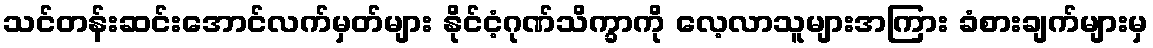
သင်တန်းဆင်းအောင်လက်မှတ်များ နိုင်ငံ့ဂုဏ်သိက္ခာကို လေ့လာသူများအကြား ခံစားချက်များမှ